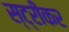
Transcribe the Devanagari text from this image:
स्ट्रीकर